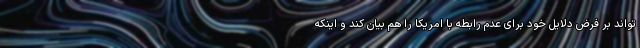
تواند بر فرض دلایل خود برای عدم رابطه با امریکا را هم بیان کند و اینکه